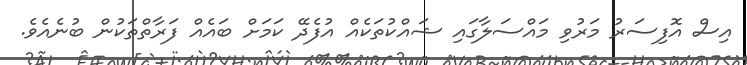
އިސް އޮފިސަރު މަރުވި މައްސަލާގައި ޝައްކުތަކެއް އުފެދޭ ކަމަށް ބައެއް ފަރާތްތަކުން ބުނެއެވެ.